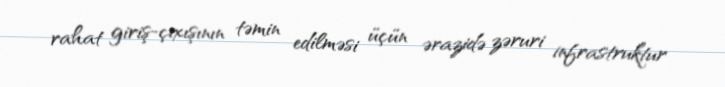
rahat giriş-çıxışının təmin edilməsi üçün ərazidə zəruri infrastruktur